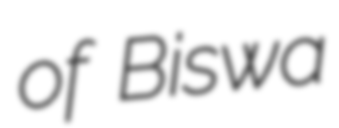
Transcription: of Biswa